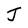
Character: J